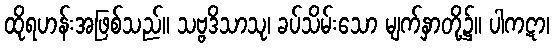
ထိုရဟန်းအဖြစ်သည်။ သဗ္ဗဒိသာသု၊ ခပ်သိမ်းသော မျက်နှာတို့၌။ ပါကဋာ၊